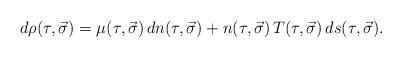
LaTeX: \begin{align*}d\rho(\tau,\vec{\sigma}) = \mu(\tau,\vec{\sigma})\,dn(\tau,\vec{\sigma}) + n(\tau,\vec{\sigma})\,T(\tau,\vec{\sigma})\, ds(\tau,\vec{\sigma}). \end{align*}